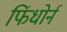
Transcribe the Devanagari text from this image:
फिंधोर्न